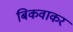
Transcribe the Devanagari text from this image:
बिकवाकर